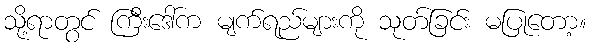
သို့ရာတွင် ကြီးဒေါ်က မျက်ရည်များကို သုတ်ခြင်း မပြုတော့။